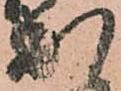
出